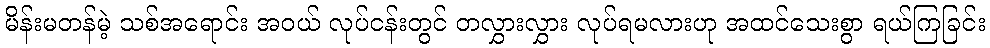
မိန်းမတန်မဲ့ သစ်အရောင်း အဝယ် လုပ်ငန်းတွင် တလွှားလွှား လုပ်ရမလားဟု အထင်သေးစွာ ရယ်ကြခြင်း